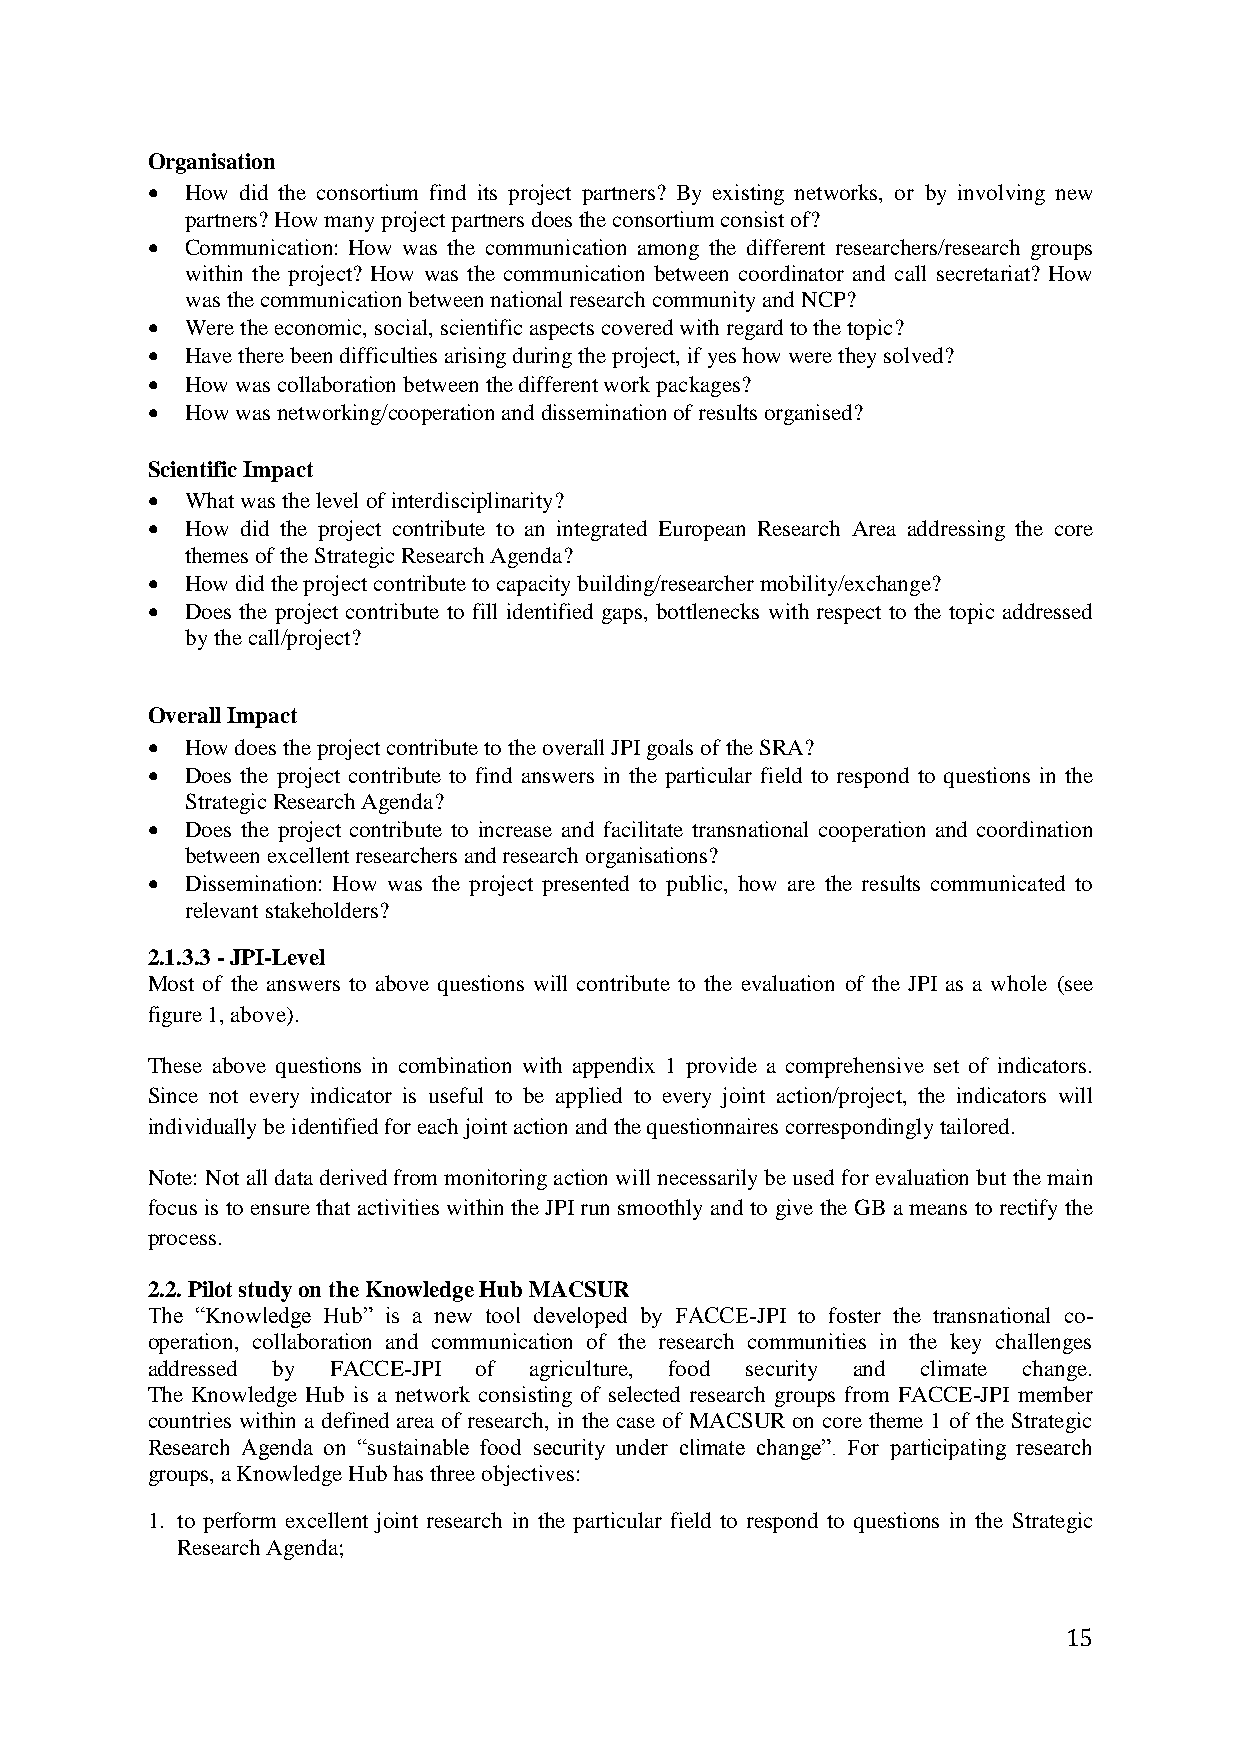
Organisation
  How did the consortium find its project partners? By existing networks, or by involving new
 partners? How many project partners does the consortium consist of?
  Communication: How was the communication among the different researchers/research groups
 within the project? How was the communication between coordinator and call secretariat? How
 was the communication between national research community and NCP?
  Were the economic, social, scientific aspects covered with regard to the topic?
  Have there been difficulties arising during the project, if yes how were they solved?
  How was collaboration between the different work packages?
  How was networking/cooperation and dissemination of results organised?
 Scientific Impact
  What was the level of interdisciplinarity?
  How did the project contribute to an integrated European Research Area addressing the core
 themes of the Strategic Research Agenda?
  How did the project contribute to capacity building/researcher mobility/exchange?
  Does the project contribute to fill identified gaps, bottlenecks with respect to the topic addressed
 by the call/project?
 Overall Impact
  How does the project contribute to the overall JPI goals of the SRA?
  Does the project contribute to find answers in the particular field to respond to questions in the
 Strategic Research Agenda?
  Does the project contribute to increase and facilitate transnational cooperation and coordination
 between excellent researchers and research organisations?
  Dissemination: How was the project presented to public, how are the results communicated to
 relevant stakeholders?
 2.1.3.3 - JPI-Level
 Most of the answers to above questions will contribute to the evaluation of the JPI as a whole (see
 figure 1, above).
 These above questions in combination with appendix 1 provide a comprehensive set of indicators.
 Since not every indicator is useful to be applied to every joint action/project, the indicators will
 individually be identified for each joint action and the questionnaires correspondingly tailored.
 Note: Not all data derived from monitoring action will necessarily be used for evaluation but the main
 focus is to ensure that activities within the JPI run smoothly and to give the GB a means to rectify the
 process.
 2.2. Pilot study on the Knowledge Hub MACSUR
 The “Knowledge Hub” is a new tool developed by FACCE-JPI to foster the transnational co-
 operation, collaboration and communication of the research communities in the key challenges
 addressed by FACCE-JPI of agriculture, food security and climate change.
 The Knowledge Hub is a network consisting of selected research groups from FACCE-JPI member
 countries within a defined area of research, in the case of MACSUR on core theme 1 of the Strategic
 Research Agenda on “sustainable food security under climate change”. For participating research
 groups, a Knowledge Hub has three objectives:
 1. to perform excellent joint research in the particular field to respond to questions in the Strategic
 Research Agenda;
 15